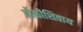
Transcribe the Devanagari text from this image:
होळीशिवाय